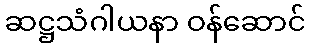
ဆဋ္ဌသံဂါယနာ ဝန်ဆောင်